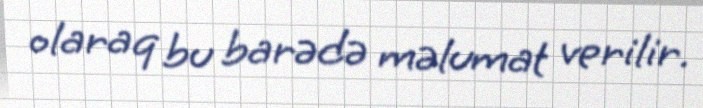
olaraq bu barədə məlumat verilir.